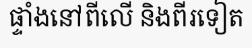
ផ្ទាំងនៅពីលើ និងពីរទៀត